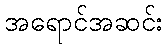
အရောင်အဆင်း